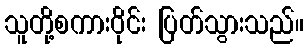
သူတို့စကားဝိုင်း ပြတ်သွားသည်။